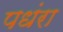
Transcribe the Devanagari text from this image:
पधंरा